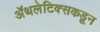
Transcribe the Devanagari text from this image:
ॲथलेटिक्सकडून